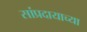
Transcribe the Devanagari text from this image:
सांप्रदायाच्या